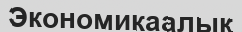
Экономикаалық